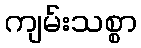
ကျမ်းသစ္စာ